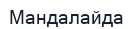
Мандалайда